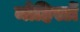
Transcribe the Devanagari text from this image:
मोहिस्टों